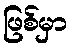
ဖြစ်မှာ